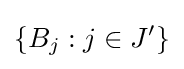
\left\{B_{j}:j\in J'\right\}